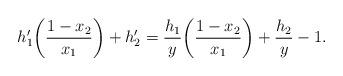
LaTeX: \begin{align*}h_1'\bigg(\frac{1-x_2}{x_1}\bigg)+h_2'=\frac{h_1}{y}\bigg(\frac{1-x_2}{x_1}\bigg)+\frac{h_2}{y}-1.\end{align*}